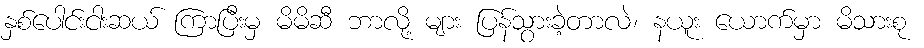
နှစ်ပေါင်းငါးဆယ် ကြာပြီးမှ မိမိဆီ ဘာလို့ များ ပြန်သွားခဲ့တာလဲ၊ နယူး ယောက်မှာ မိသားစု